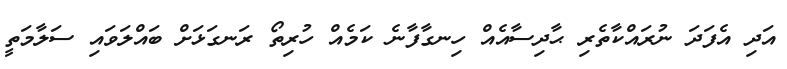
އަދި އެފަދަ ނުރައްކާތެރި ޙާދިސާއެއް ހިނގާފާނެ ކަމެއް ހުރިތޯ ރަނގަޅަށް ބައްލަވައި ސަލާމަތީ